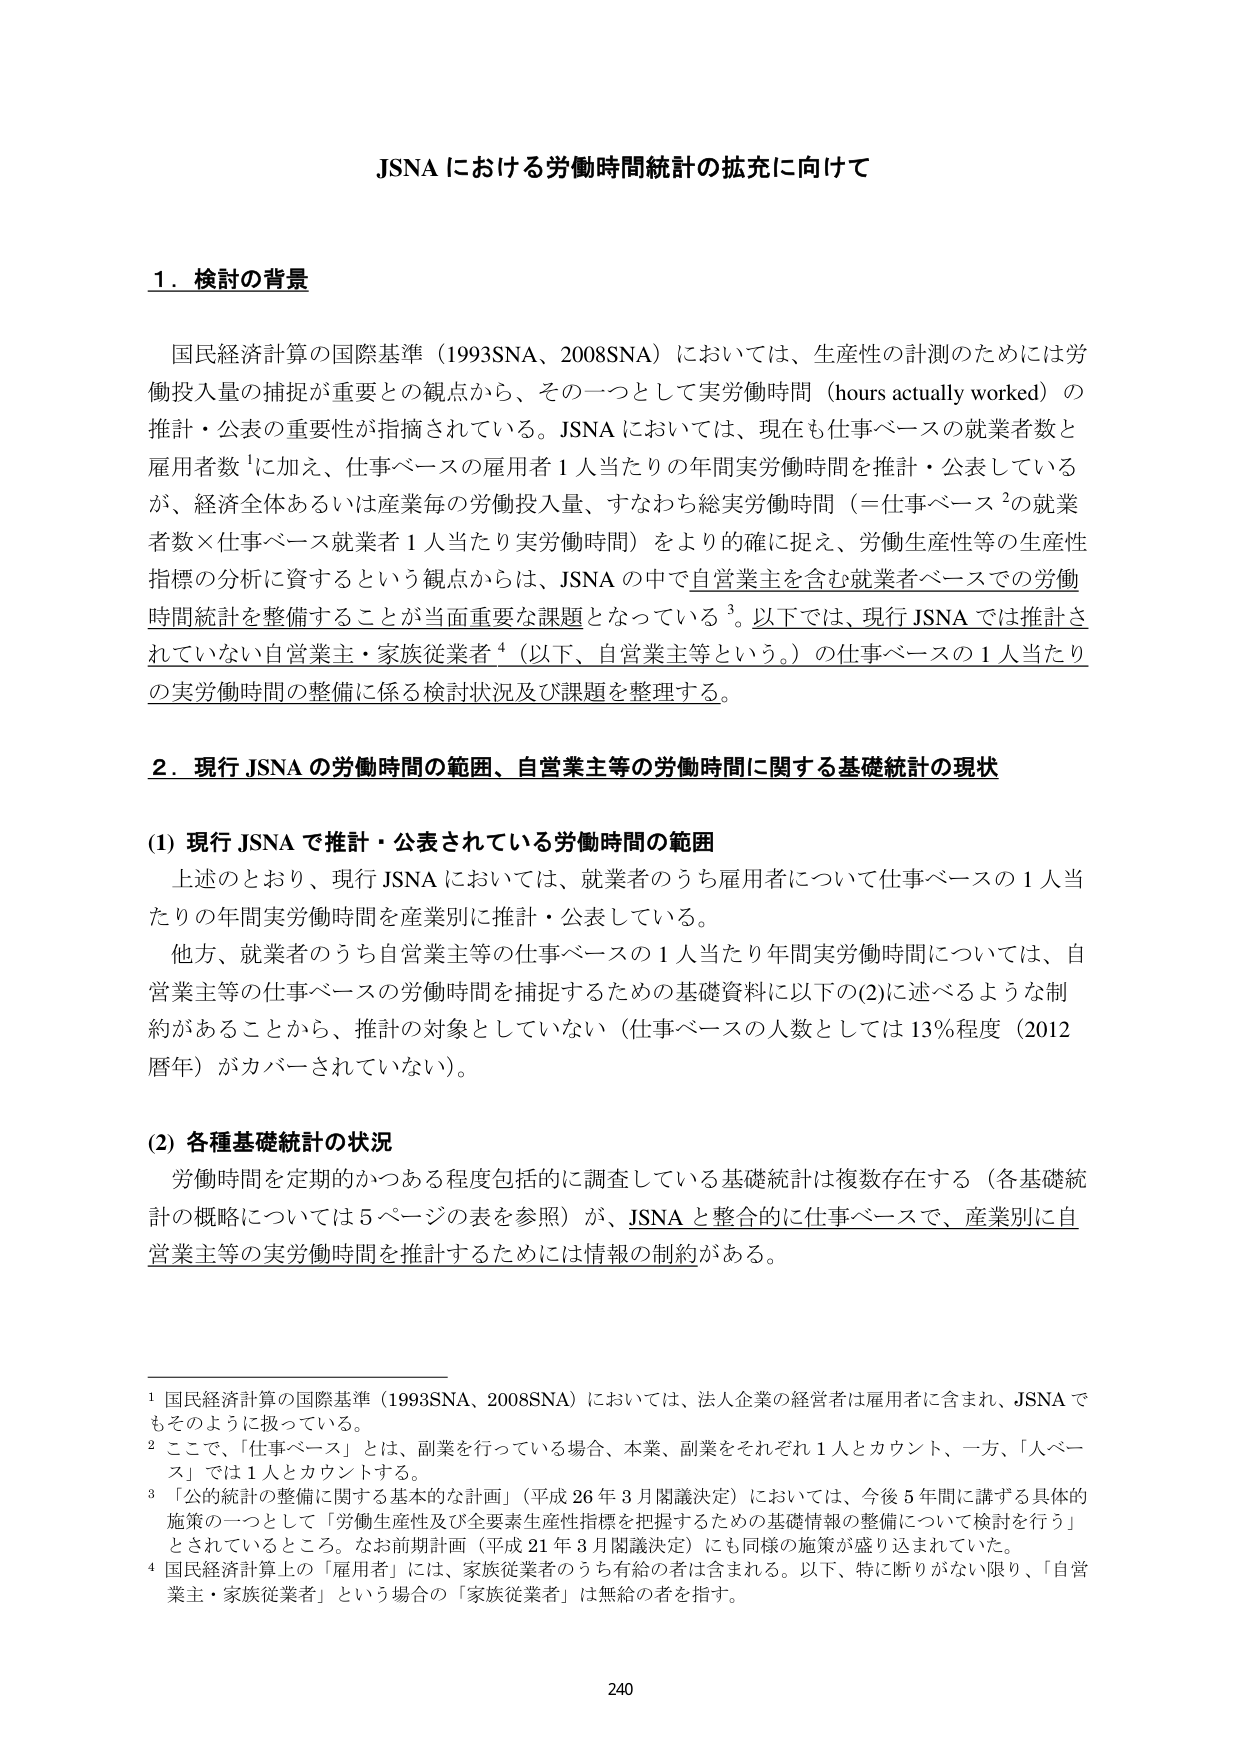
JSNA における労働時間統計の拡充に向けて

1．検討の背景

国民経済計算の国際基準（1993SNA、2008SNA）においては、生産性の計測のためには労働投入量の捕捉が重要との観点から、その一つとして実労働時間（hours actually worked）の推計・公表の重要性が指摘されている。JSNA においては、現在も仕事ベースの就業者数と雇用者数¹に加え、仕事ベースの雇用者1人当たりの年間実労働時間を推計・公表しているが、経済全体あるいは産業毎の労働投入量、すなわち総実労働時間（＝仕事ベース²の就業者数×仕事ベース就業者1人当たり実労働時間）をより的確に捉え、労働生産性等の生産性指標の分析に資するという観点からは、JSNA の中で自営業主を含む就業者ベースでの労働時間統計を整備することが当面重要な課題となっている³。以下では、現行 JSNA では推計されていない自営業主・家族従業者⁴（以下、自営業主等という。）の仕事ベースの1人当たりの実労働時間の整備に係る検討状況及び課題を整理する。

2．現行 JSNA の労働時間の範囲、自営業主等の労働時間に関する基礎統計の現状

(1) 現行 JSNA で推計・公表されている労働時間の範囲

上述のとおり、現行 JSNA においては、就業者のうち雇用者について仕事ベースの1人当たりの年間実労働時間を産業別に推計・公表している。

他方、就業者のうち自営業主等の仕事ベースの1人当たり年間実労働時間については、自営業主等の仕事ベースの労働時間を捕捉するための基礎資料に以下の(2)に述べるような制約があることから、推計の対象としていない（仕事ベースの人数としては13％程度（2012暦年）がカバーされていない）。

(2) 各種基礎統計の状況

労働時間を定期的かつある程度包括的に調査している基礎統計は複数存在する（各基礎統計の概略については5ページの表を参照）が、JSNA と整合的に仕事ベースで、産業別に自営業主等の実労働時間を推計するためには情報の制約がある。

¹ 国民経済計算の国際基準（1993SNA、2008SNA）においては、法人企業の経営者は雇用者に含まれ、JSNA でもそのように扱っている。

² ここで、「仕事ベース」とは、副業を行っている場合、本業、副業をそれぞれ1人とカウント、一方、「人ベース」では1人とカウントする。

³ 「公的統計の整備に関する基本的な計画」（平成26年3月閣議決定）においては、今後5年間に講ずる具体的施策の一つとして「労働生産性及び全要素生産性指標を把握するための基礎情報の整備について検討を行う」とされているところ。なお前期計画（平成21年3月閣議決定）にも同様の施策が盛り込まれていた。

⁴ 国民経済計算上の「雇用者」には、家族従業者のうち有給の者は含まれる。以下、特に断りがない限り、「自営業主・家族従業者」という場合の「家族従業者」は無給の者を指す。

240